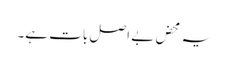
یہ محض بے اصل بات ہے۔